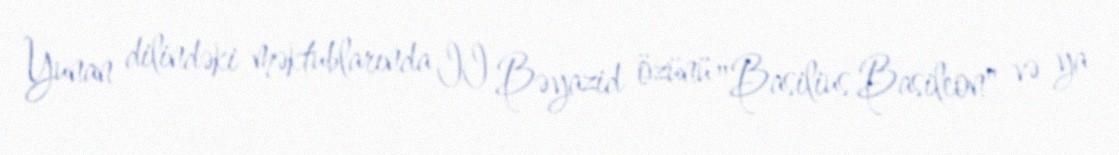
Yunan dilindəki məktublarında II Bəyazid özünü "Basilius Basileon" və ya